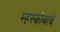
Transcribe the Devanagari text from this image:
म्हस्कोबाचे